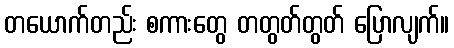
တယောက်တည်း စကားတွေ တတွတ်တွတ် ပြောလျက်။